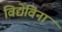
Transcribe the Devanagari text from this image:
विद्येविना